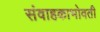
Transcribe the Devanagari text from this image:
संवाहकाभोवती